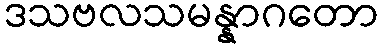
ဒသဗလသမန္နာဂတော